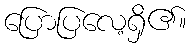
ပြောပြလေ့ရှိ၏။